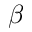
\beta